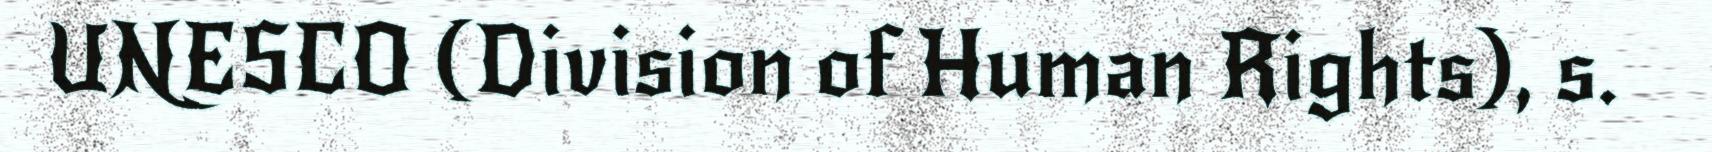
UNESCO (Division of Human Rights), s.